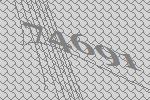
74691